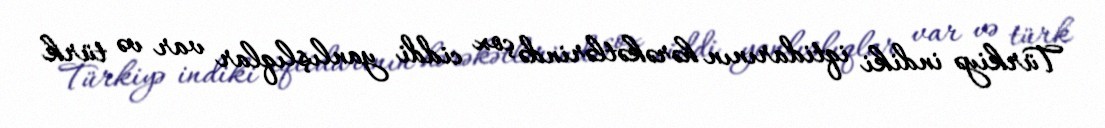
Türkiyə indiki iqtidarının hərəkətlərində çox ciddi yanlışlıqlar var və türk